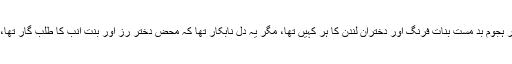
ہر چند کہ وہاں ساقیانِ سپید فام کا خرام ہی نشہ آفریں تھا اور ہجومِ بد مست بناتِ فرنگ اور دخترانِ لندن کا ہر کہیں تھا، مگر یہ دلِ نابکار تھا کہ محض دُختر رز اور بنتِ انب کا طلب گار تھا، کم بخت نے اتنا اکسایا کہ ناگاہ خود کو کوچہ ذِلت میں پایا۔